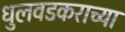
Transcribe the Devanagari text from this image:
धुलवडकराच्या